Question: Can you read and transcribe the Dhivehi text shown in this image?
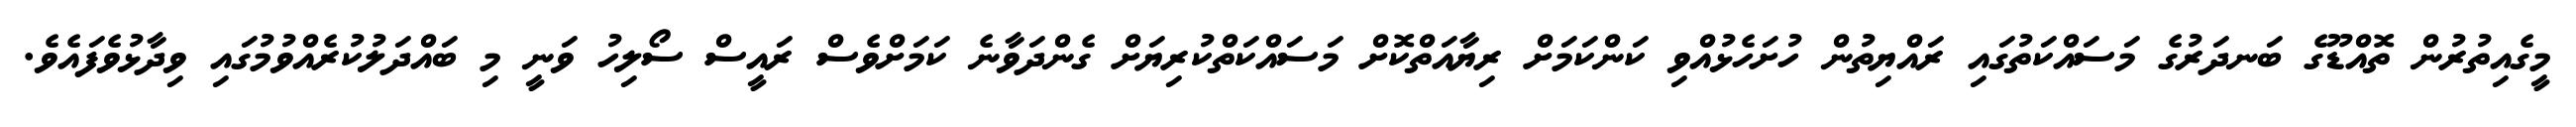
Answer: މީގެއިތުރުން ތޮއްޑޫގެ ބަނދަރުގެ މަސައްކަތުގައި ރައްޔިތުން ހުށަހެޅުއްވި ކަންކަމަށް ރިޔާއަތްކޮށް މަސައްކަތްކުރިޔަށް ގެންދަވާނެ ކަމަށްވެސް ރައީސް ސޯލިހު ވަނީ މި ބައްދަލުކުރެއްވުމުގައި ވިދާޅުވެފައެވެ.